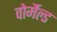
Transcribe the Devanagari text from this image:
वोर्मैल्ड